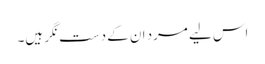
اس لیے مرد ان کے دست نگر ہیں۔